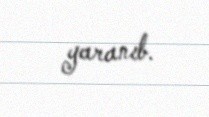
yaranıb.